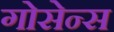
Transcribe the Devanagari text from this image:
गोसेन्स